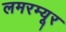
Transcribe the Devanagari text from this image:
लमरम्यूर